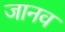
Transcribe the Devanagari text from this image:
जानव